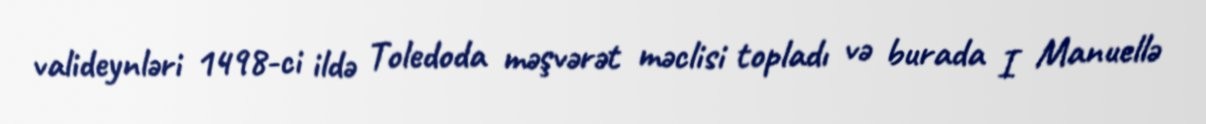
valideynləri 1498-ci ildə Toledoda məşvərət məclisi topladı və burada I Manuellə